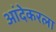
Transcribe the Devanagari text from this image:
आंदेकरला